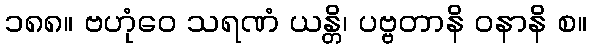
၁၈၈။ ဗဟုံဝေ သရဏံ ယန္တိ၊ ပဗ္ဗတာနိ ဝနာနိ စ။